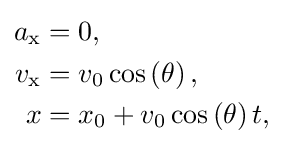
{\begin{aligned}a_{\text{x}}&=0,\\v_{\text{x}}&=v_{0}\cos \left(\theta \right),\\x&=x_{0}+v_{0}\cos \left(\theta \right)t,\end{aligned}}